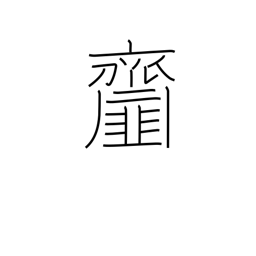
Meaning: dishes seasoned with vinegar or miso